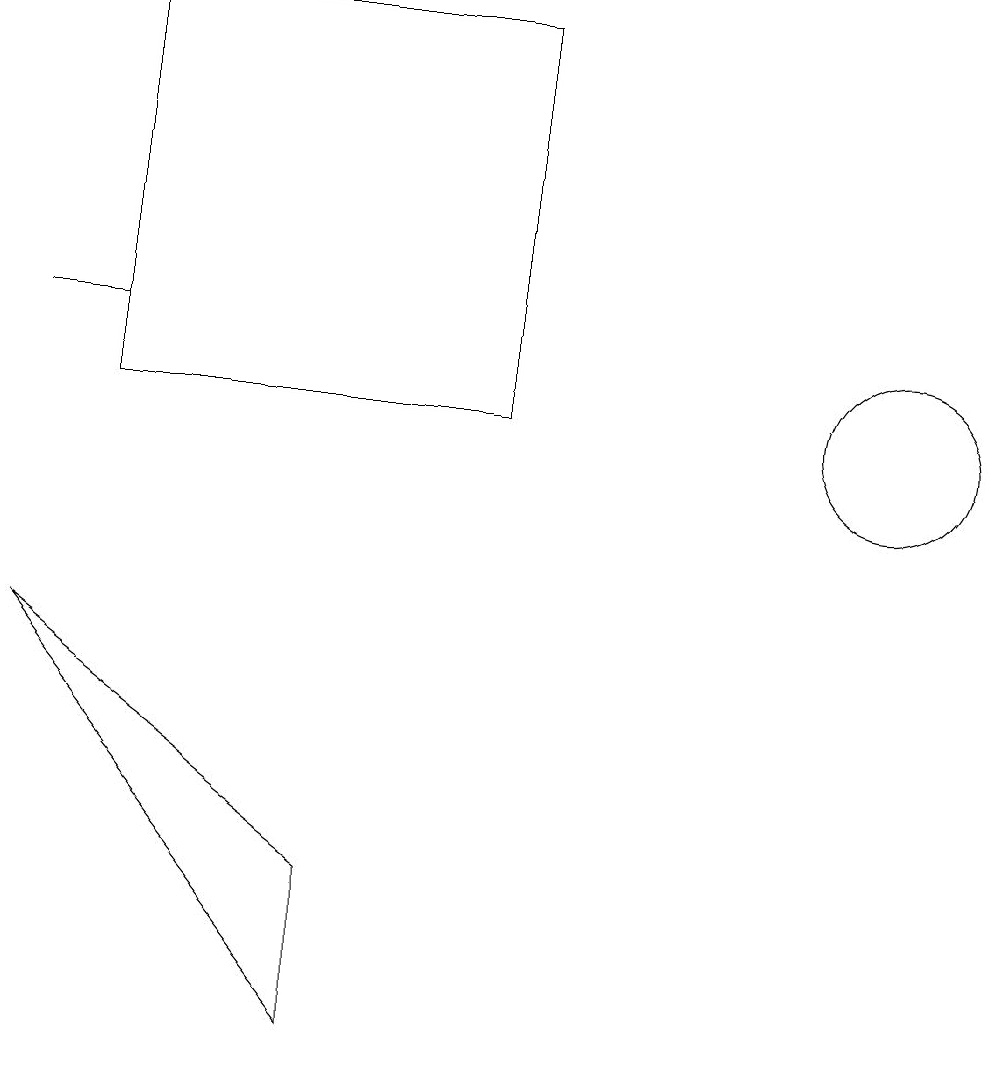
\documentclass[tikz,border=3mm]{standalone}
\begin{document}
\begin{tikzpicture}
\draw (6,12) rectangle (1,17);
\draw (4,6) -- (4,4) -- (0,9) -- cycle;
\draw (11,12) circle (1);
\draw (0,13) rectangle (1,13);
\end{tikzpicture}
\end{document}